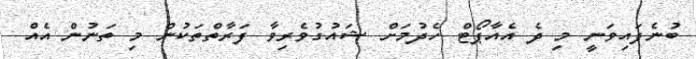
ބުނެފައިވަނީ މި ދެ އެއާޕޯޓް ހެދުމަށް ޝައުގުވެރިވާ ފަރާތްތަކުން މި ތަނުން އެއް